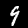
Label: 9